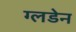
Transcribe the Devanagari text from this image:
ग्लडेन